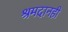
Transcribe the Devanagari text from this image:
श्रमदानही